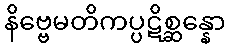
နိဗ္ဗေမတိကပ္ပဋိစ္ဆန္နော